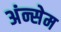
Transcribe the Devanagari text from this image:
अंन्सेम